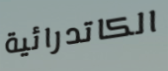
الكاتدرائية